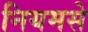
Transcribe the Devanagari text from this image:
नियमसे